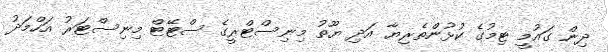
ދިން ގައުމީ ޓިމުގެ ކުޅުންތެރިޔާ އަދި ޔޫތު މިނިސްޓްރީގެ ސްޓޭޓް މިނިސްޓަރު އަހްމަދު